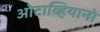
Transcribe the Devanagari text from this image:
ओटाव्हियानो